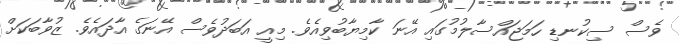
ވެސް ސިކުނޑި ހަމަޖައްސާލުމުގައި އޭނަ ކާމިޔާބުވިއެވެ. މިއީ އަބަދުވެސް އޭނަގެ އާދައެވެ. ޒުވާބަކަށް